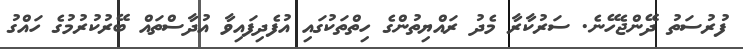
ފުރުސަތު ދޭންޖެހޭނެ. ސަރުކާރާ މެދު ރައްޔިތުންގެ ހިތްތަކުގައި އުފެދިފައިވާ އުދާސްތައް ބޭރުކުރުމުގެ ހައްގު